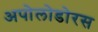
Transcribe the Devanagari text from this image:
अपोलोडोरस